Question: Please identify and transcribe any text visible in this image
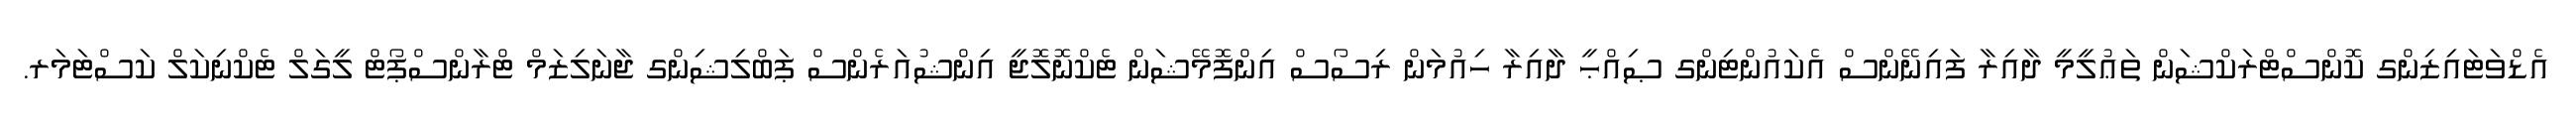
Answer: އެޑްވަޓައިޒިންގ ކޮންސްޓްރަކްޝަން ތަޢުލީމީ ދާއިރާ ފައިނޭންސް އެކައުންޓިންގ ޞިއްޙީ ދާއިރާ ހިއުމަން ރިސޯސް އިންފޮމޭޝަން ޓެކްނޮލޮޖީ އިންޝުއަރެންސް ޕަބްލިޝިންގ ޖާނަލިޒަމް ޓްރާންސްޕޯޓް ލީގަލް ޓެކްނިކަލް ކަސްޓަމަރ.